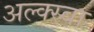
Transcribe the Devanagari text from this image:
अल्क्स्बा